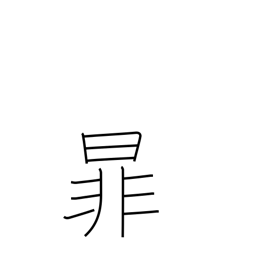
Meaning: be separated